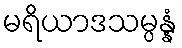
မရိယာဒသမ္ပန္နံ